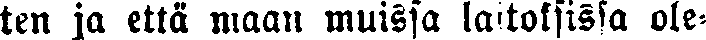
ten ja että maan muissa laitoksissa ole-